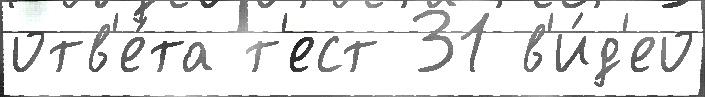
отв'е́та т'ест 31 в'и́д'ео